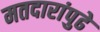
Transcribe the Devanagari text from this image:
मतदारांपुढे